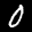
Label: 0